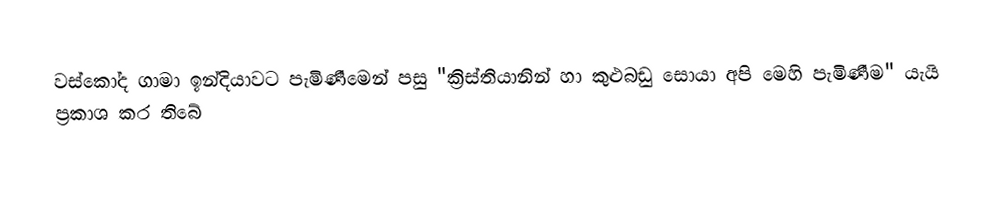
වස්කෝද ගාමා ඉන්දියාවට පැමිණීමෙන් පසු "ක්‍රිස්තියානින් හා කුළුබඩු සොයා අපි මෙහි පැමිණීම" යැයි ප්‍රකාශ කර තිබේ